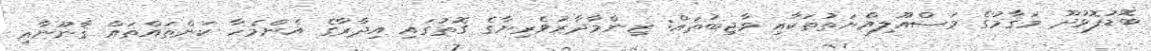
ބޮޑުފޮޅުދޫ މަޤާމުގެ މަސްއޫލިއްޔަތުތަކާއި ވާޖިބުތައް: ޒިންމާދާރުވެރިޔާގެ ގޮތުގައި އިދާރާގެ އެންމެހާ ކަންތައްތައް ޤާނޫނާއި